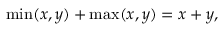
\operatorname* { m i n } ( x , y ) + \operatorname* { m a x } ( x , y ) = x + y ,